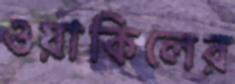
ওয়াকিলের